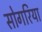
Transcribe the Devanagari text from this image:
सोगरिया